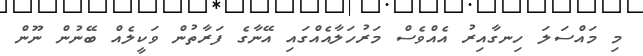
މި މައްސަލަ ހިނގާއިރު އެއްވެސް މަރުހަލާއެއްގައި އޭނާގެ ފަރާތުން ވަކީލެއް ބޭނުން ނޫން